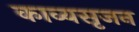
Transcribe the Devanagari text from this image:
काव्यसृजन